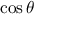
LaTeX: \cos \theta